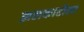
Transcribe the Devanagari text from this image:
झलकारीला